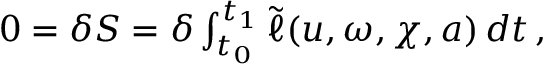
\begin{array} { r } { 0 = \delta S = \delta \int _ { t _ { 0 } } ^ { t _ { 1 } } \tilde { \ell } ( u , \omega , \chi , a ) \, d t \, , } \end{array}